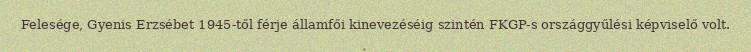
Felesége, Gyenis Erzsébet 1945-től férje államfői kinevezéséig szintén FKGP-s országgyűlési képviselő volt.